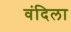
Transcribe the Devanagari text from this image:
वंदिला